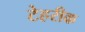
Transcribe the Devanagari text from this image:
टेहरीक